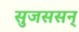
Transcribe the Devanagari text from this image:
सुजससन्